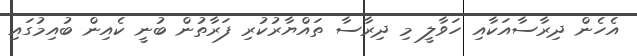
އެހެން ދިރާސާއަކާއި ހަވާލީ މި ދިރާސާ ތައްޔާރުކުރި ފަރާތުން ބުނީ ކެއިން ބުއިމުގައި